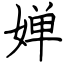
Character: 婵